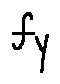
f y